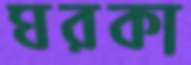
ঘরকা